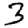
Digit: 3